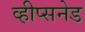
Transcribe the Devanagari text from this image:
व्हीप्सनेड